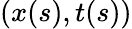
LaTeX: (x(s),t(s))